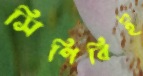
সিপিবিই